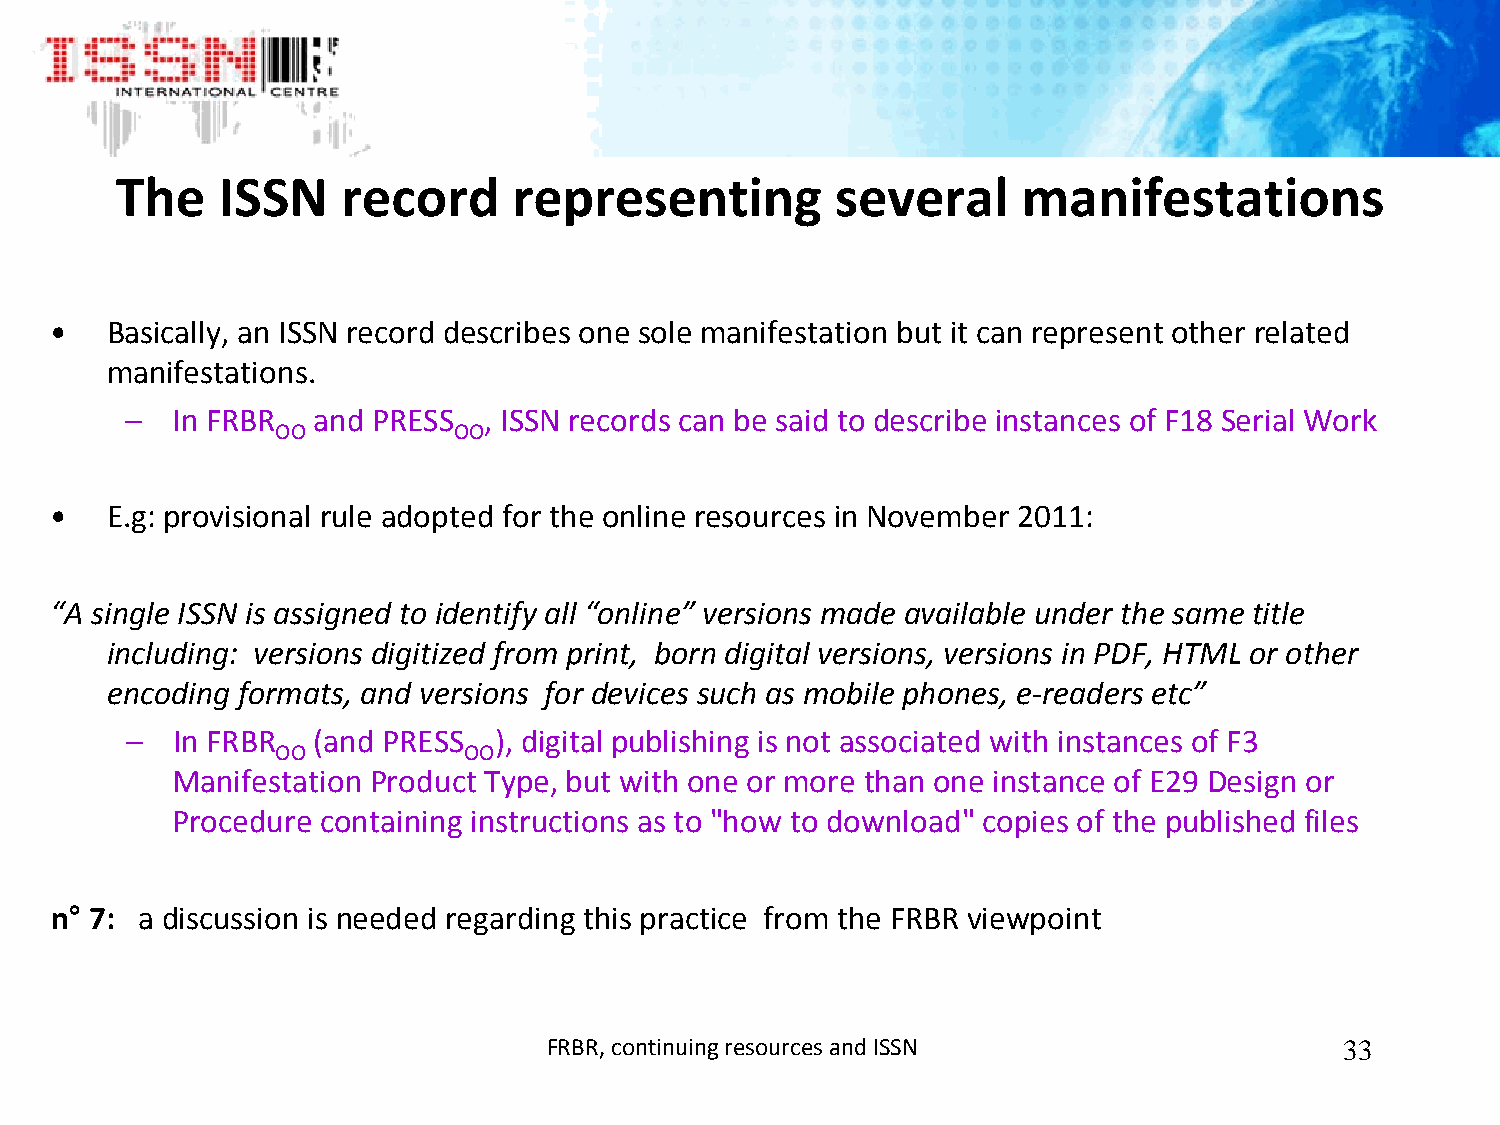
The    ISSN    record     representing          several     manifestations
 •  Basically, an ISSN record describes one sole manifestation but it can represent other related
 manifestations.
 –  In FRBR  and PRESS  , ISSN records can be said to describe instances of F18 Serial Work
 OO         OO
 •  E.g: provisional rule adopted for the online resources in November 2011:
 “A single ISSN is assigned to identify all “online” versions made available under the same title
 including: versions digitized from print, born digital versions, versions in PDF, HTML or other
 encoding formats, and versions for devices such as mobile phones, e‐readers etc”
 –  In FRBR  (and PRESS  ), digital publishing is not associated with instances of F3
 OO          OO
 Manifestation Product Type, but with one or more than one instance of E29 Design or
 Procedure containing instructions as to "how to download" copies of the published files
 n° 7: a discussion is needed regarding this practice from the FRBR viewpoint
 FRBR, continuing resources and ISSN                 33